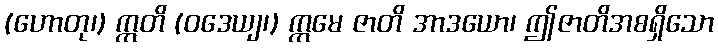
(ဟောတု၊) ဣတိ (ဝဒေယျ၊) ဣမေ ဇာတိ အာဒယော၊ ဤဇာတိအစရှိသော